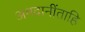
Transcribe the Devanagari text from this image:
अमदानींताहि